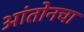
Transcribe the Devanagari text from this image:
आंतोनचा